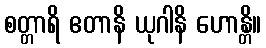
စတ္တာရိ ဧတာနိ ယုဂါနိ ဟောန္တိ။